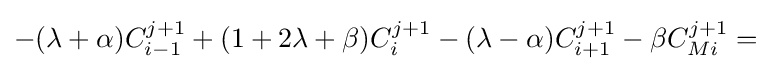
-(\lambda +\alpha )C_{i-1}^{j+1}+(1+2\lambda +\beta )C_{i}^{j+1}-(\lambda -\alpha )C_{i+1}^{j+1}-\beta C_{Mi}^{j+1}={}